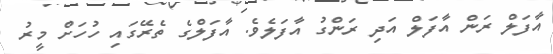
އާފަލް ރަން އާފަލް އަދި ރަންގު އާފަލެވެ. އާފަލްގެ ތެރޭގައި ހުހަށް މީރު